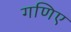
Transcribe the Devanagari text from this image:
गणिए